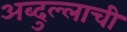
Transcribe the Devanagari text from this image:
अब्दुल्लाची